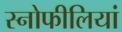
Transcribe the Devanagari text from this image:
स्नोफीलियां